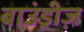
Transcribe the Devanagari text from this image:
बाउंड्रीज़